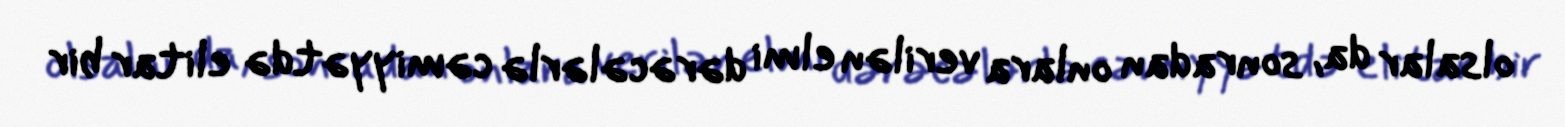
olsalar da, sonradan onlara verilən elmi dərəcələrlə cəmiyyətdə elitar bir